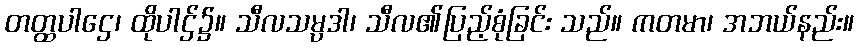
တတ္ထပါဌေ၊ ထိုပါဌ်၌။ သီလသမ္ပဒါ၊ သီလ၏ပြည့်စုံခြင်း သည်။ ကတမာ၊ အဘယ်နည်း။